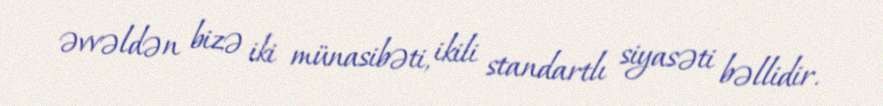
əvvəldən bizə iki münasibəti, ikili standartlı siyasəti bəllidir.